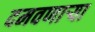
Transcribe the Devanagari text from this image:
दमवणाऱ्या